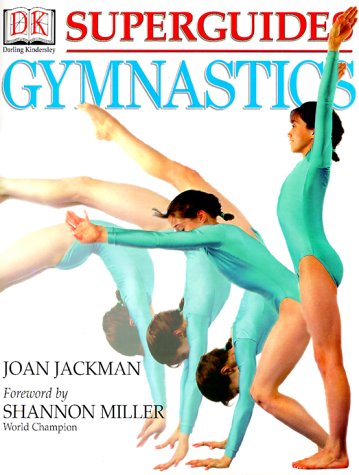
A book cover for Superguides: Gymnastics; Joan Jackman; Children's Books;